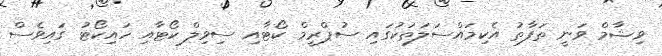
ވިޝާމް ވަނީ ތަފާތު އެކިމައްސަލަތަކުގައި ސުޕްރީމް ކޯޓާއި ސިވިލް ކޯޓާއި ހައިކޯޓު ގައިވެސް